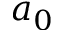
a _ { 0 }